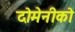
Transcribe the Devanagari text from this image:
दोमेनीको